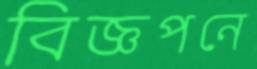
বিজ্ঞপনে